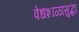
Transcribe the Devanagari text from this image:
वेधशाळासुद्धा